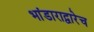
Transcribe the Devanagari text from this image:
भांडाराद्वारेच